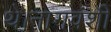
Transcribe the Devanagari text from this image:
थे।नागवंशी